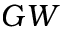
G W